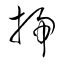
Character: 埽